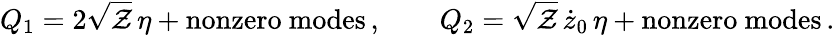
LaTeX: Q_{1}=2\sqrt{\cal Z}\, \eta+\mathrm{nonzero~modes}\, ,\qquad Q_{2}=\sqrt{\cal Z}\, \dot{z}_{0}\, \eta+\mathrm{nonzero~modes}\, .